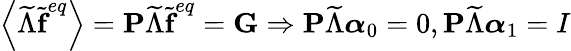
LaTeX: \left\langle\widetilde{\Lambda}\widetilde{\textbf{f}}^{eq}\right\rangle=\textbf{P}\widetilde{\Lambda}\widetilde{\textbf{f}}^{eq}=\textbf{G}\Rightarrow\textbf{P}\widetilde{\Lambda}\boldsymbol{\alpha}_{0}=0,\textbf{P}\widetilde{\Lambda}\boldsymbol{\alpha}_{1}=I